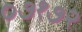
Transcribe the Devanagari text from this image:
०७१७२